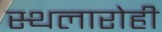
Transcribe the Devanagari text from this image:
स्थलारोही